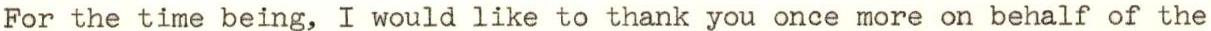
For the time being, I would like to thank you once more on behalf of the